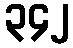
၃၄၂